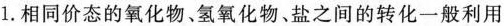
1.相同价态的氧化物、氢氧化物、盐之间的转化一般利用